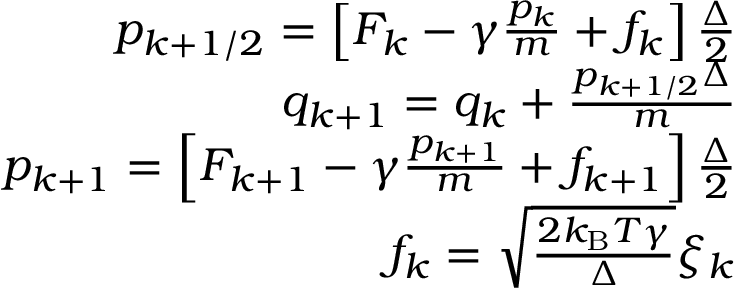
\begin{array} { r } { p _ { k + 1 / 2 } = \left[ F _ { k } - \gamma \frac { p _ { k } } { m } + f _ { k } \right] \frac { \Delta } { 2 } } \\ { q _ { k + 1 } = q _ { k } + \frac { p _ { k + 1 / 2 } \Delta } { m } } \\ { p _ { k + 1 } = \left[ F _ { k + 1 } - \gamma \frac { p _ { k + 1 } } { m } + f _ { k + 1 } \right] \frac { \Delta } { 2 } } \\ { f _ { k } = \sqrt { \frac { 2 k _ { \mathrm { B } } T \gamma } { \Delta } } \xi _ { k } } \end{array}